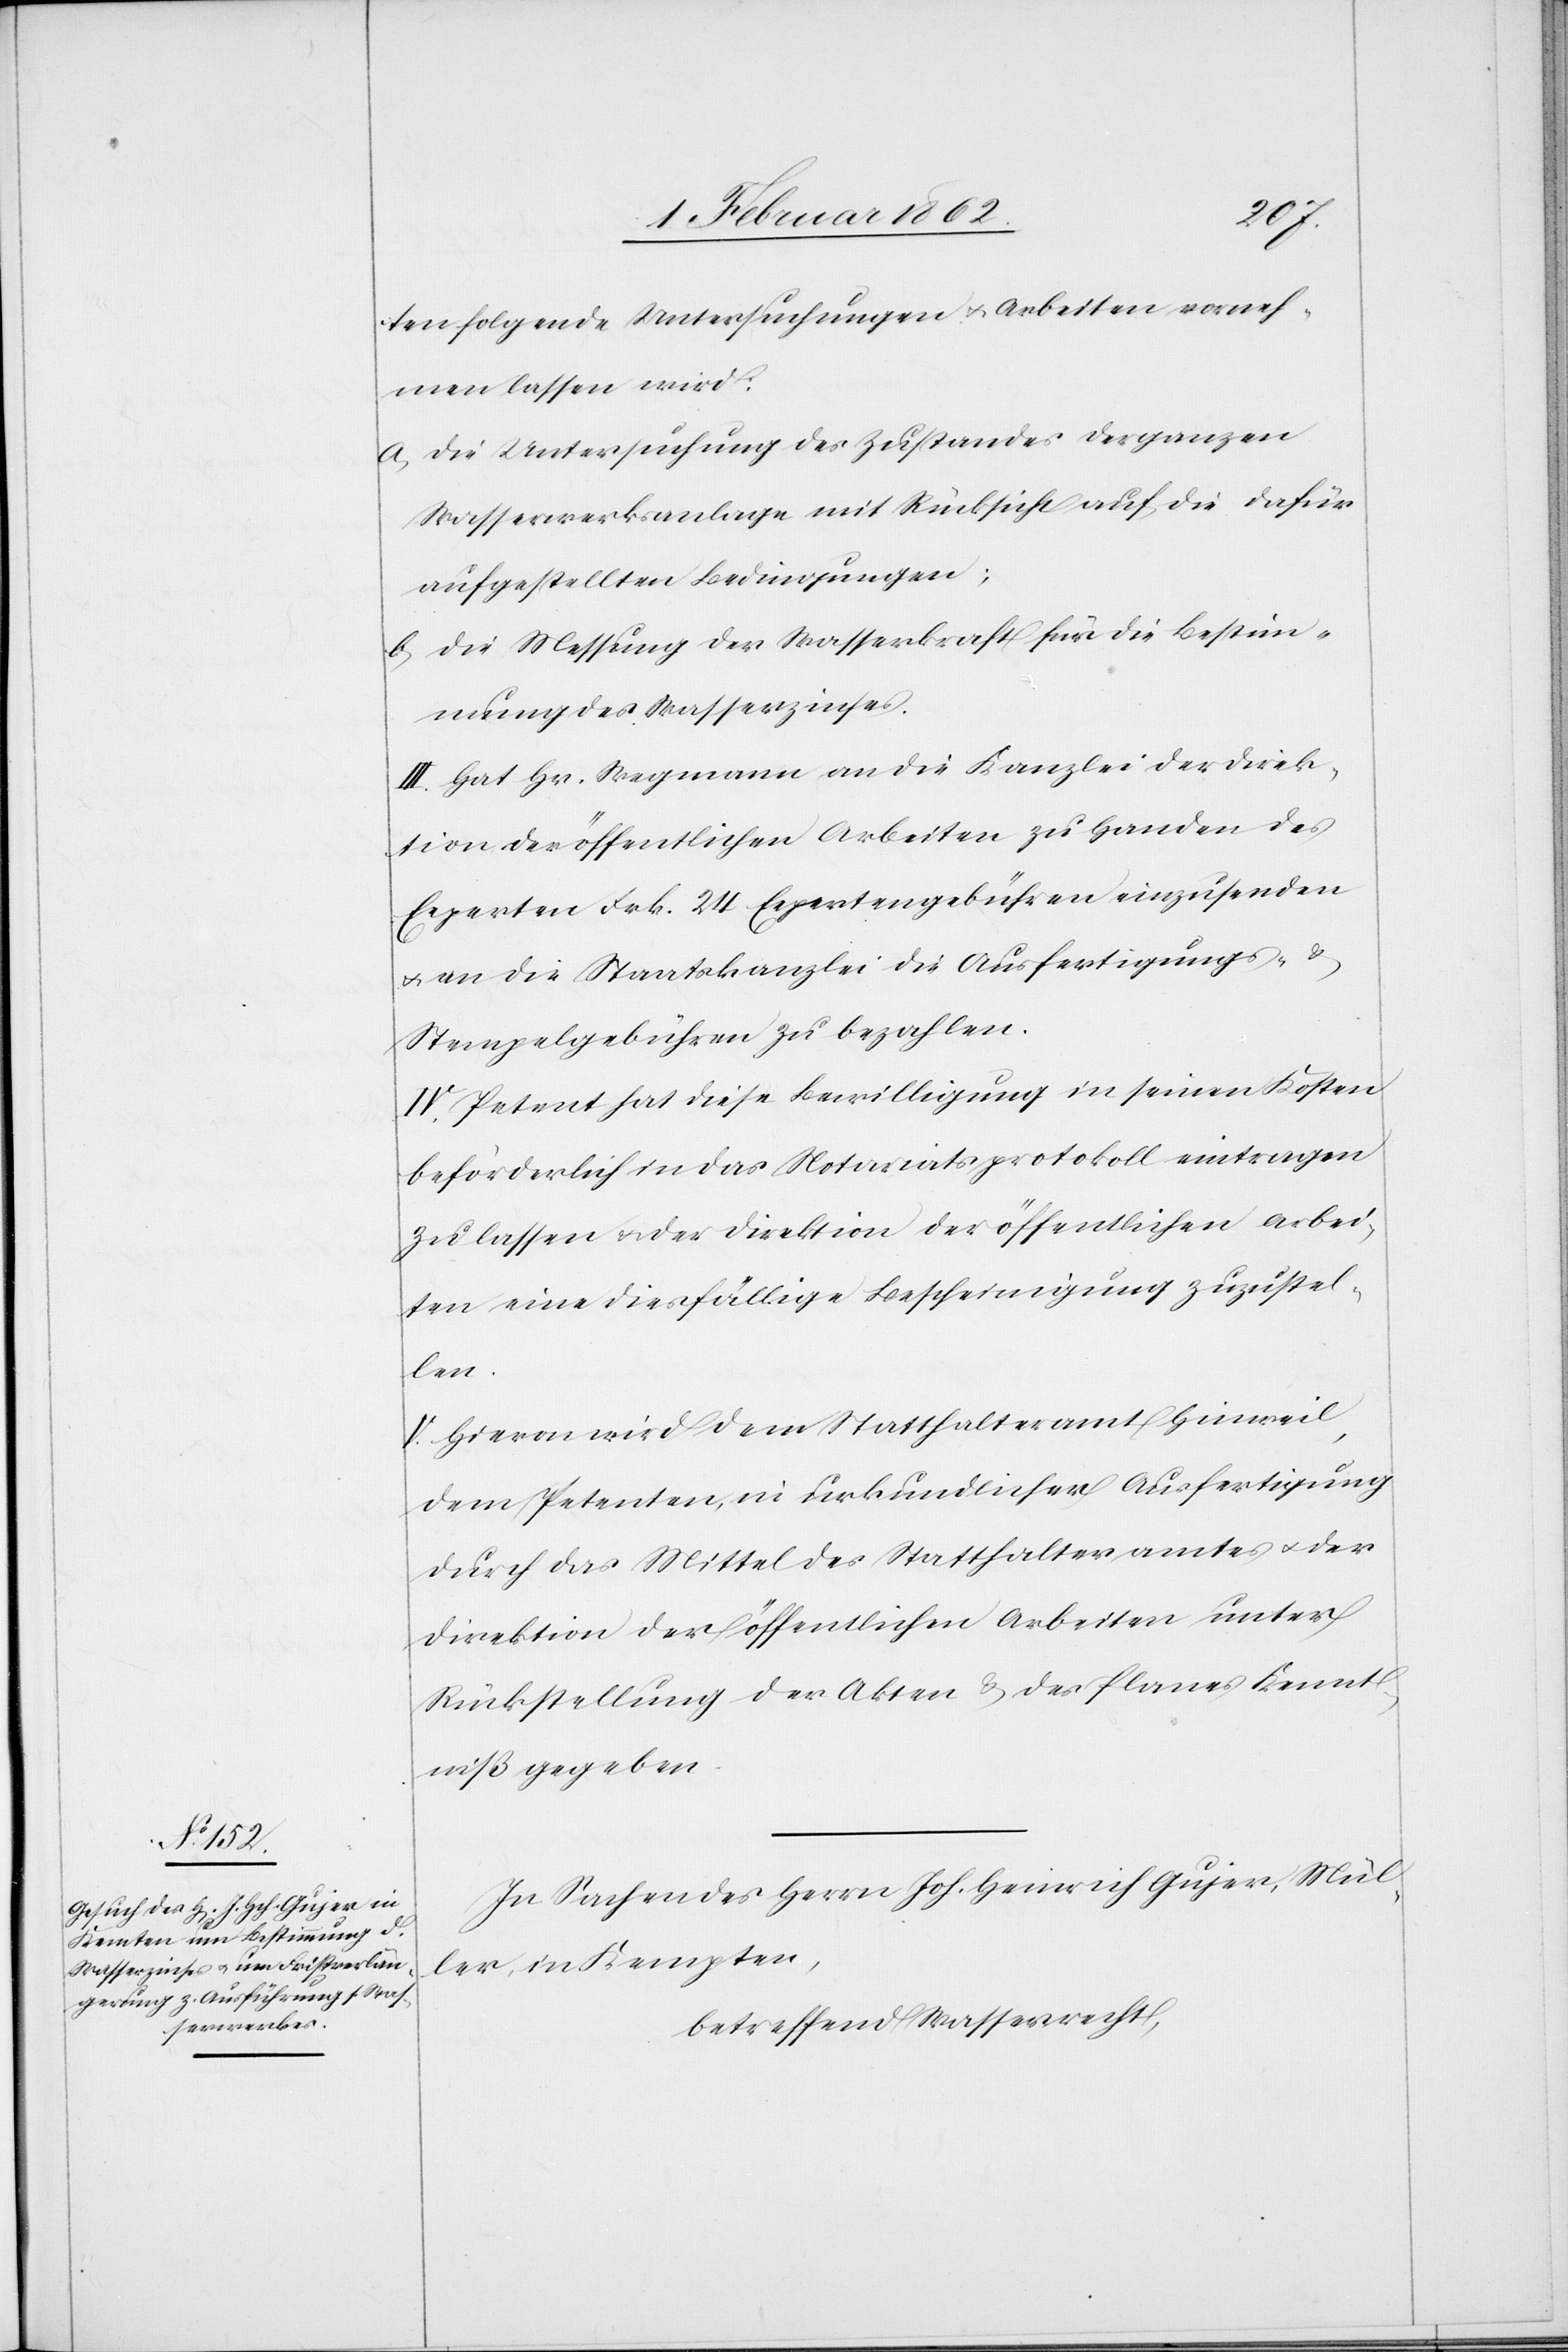
ten folgende Untersuchungen u. Arbeiten vorneh¬
men lassen wird:
a) die Untersuchung des Zustandes der ganzen
Wasserwerksanlage mit Rücksicht auf die dafür
aufgestellten Bedingungen;
b) die Messung der Wasserkraft für die Bestim¬
mung des Wasserzinses.
III. Hat Hr. Wegmann an die Kanzlei der Direk¬
tion der öffentlichen Arbeiten zu Handen des
Experten Frk. 24 Expertengebühren einzusenden
u. an die Staatskanzlei die Ausfertigungs- &
Stempelgebühren zu bezahlen.
IV. Petent hat diese Bewilligung in seinen Kosten
beförderlich in das Notariatsprotokoll eintragen
zu lassen u. der Direktion der öffentlichen Arbei¬
ten eine diesfällige Bescheinigung zuzustel¬
len.
V. Hievon wird dem Statthalteramt Hinweil,
dem Petenten, in urkundlicher Ausfertigung
durch das Mittel des Statthalteramtes u. der
Direktion der öffentlichen Arbeiten unter
Rückstellung der Akten & des Planes Kennt¬
niß gegeben.
In Sachen des Herrn Joh. Heinrich Gujer, Mül¬
ler, im Kempten
betreffend Wasserrecht,